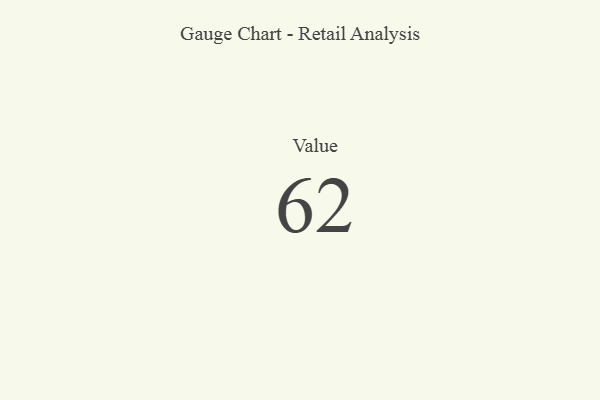
{"axis": {"x": "Metric", "y": "Value"}, "legend": [""], "data": [{"x": "Value", "y": 62, "type": ""}]}